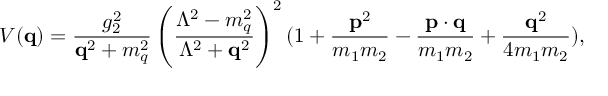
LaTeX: V ( { \bf q } ) = \frac { g _ { 2 } ^ { 2 } } { { \bf q } ^ { 2 } + m _ { q } ^ { 2 } } \left( \frac { \Lambda ^ { 2 } - m _ { q } ^ { 2 } } { \Lambda ^ { 2 } + { \bf q } ^ { 2 } } \right) ^ { 2 } ( 1 + \frac { { \bf p } ^ { 2 } } { m _ { 1 } m _ { 2 } } - { \frac { { \bf p } \cdot { \bf q } } { m _ { 1 } m _ { 2 } } } + \frac { { \bf q } ^ { 2 } } { 4 m _ { 1 } m _ { 2 } } ) ,